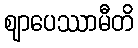
ဈာပေဿာမီတိ